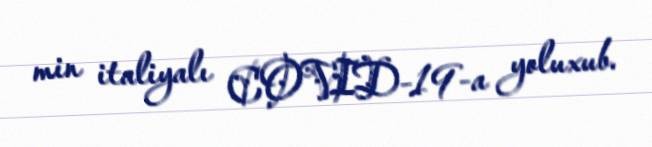
min italiyalı COVID-19-a yoluxub.